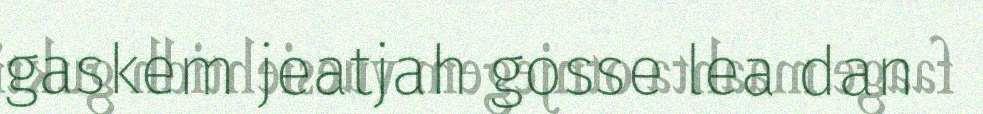
gaskem jeatjah gosse lea dan